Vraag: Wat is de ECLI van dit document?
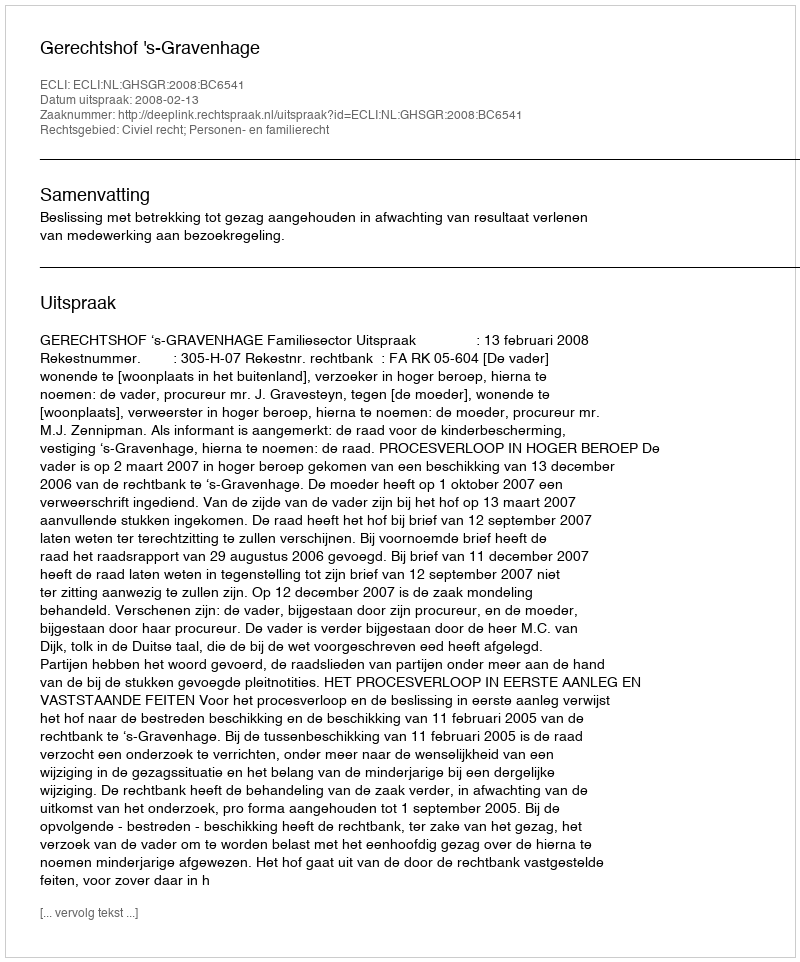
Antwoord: ECLI:NL:GHSGR:2008:BC6541